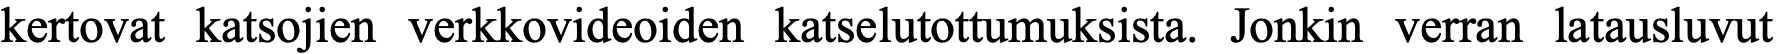
kertovat katsojien verkkovideoiden katselutottumuksista. Jonkin verran latausluvut